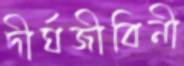
দীর্ঘজীবিনী